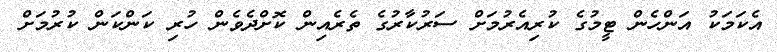
އެކަމަކު އަންހެން ޓީމުގެ ކުރިއެރުމަށް ސަރުކާރުގެ ތެރެއިން ކޮށްދެވެން ހުރި ކަންކަން ކުރުމަށް